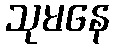
သုမနေ